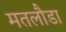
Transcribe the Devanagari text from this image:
मतलौडा